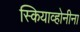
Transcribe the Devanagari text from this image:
स्कियाव्होनीना